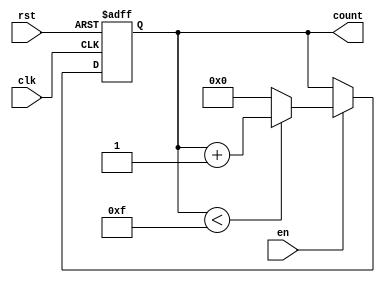
module MemoryBlocksBinaryCounter #(
    parameter INIT_VAL = 0,      // Initial value of the counter
    parameter MAX_VAL = 15        // Maximum value of the counter
)(
    input wire clk,              // Clock signal
    input wire rst,              // Asynchronous reset signal
    input wire en,               // Enable signal
    output reg [3:0] count       // 4-bit binary output for the current count value
);

    // Memory block to store the current count value
    reg [3:0] memory_block;

    always @(posedge clk or posedge rst) begin
        if (rst) begin
            // On reset, set the count to the initial value
            memory_block <= INIT_VAL;
        end else if (en) begin
            // Increment the count if enabled
            if (memory_block < MAX_VAL) begin
                memory_block <= memory_block + 1;
            end else begin
                // Wrap around to the initial value
                memory_block <= INIT_VAL;
            end
        end
    end

    // Assign the current count value to the output
    always @(*) begin
        count = memory_block;
    end

endmodule